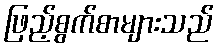
ဖြည့်စွက်စာများသည်